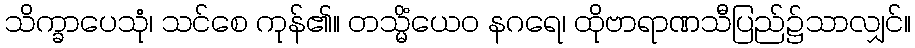
သိက္ခာပေသုံ၊ သင်စေ ကုန်၏။ တသ္မိံယေဝ နဂရေ၊ ထိုဗာရာဏသီပြည်၌သာလျှင်။